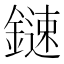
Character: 𨫩